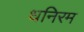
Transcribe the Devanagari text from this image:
धनिरम